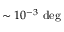
\sim 1 0 ^ { - 3 } ~ \mathrm { d e g }